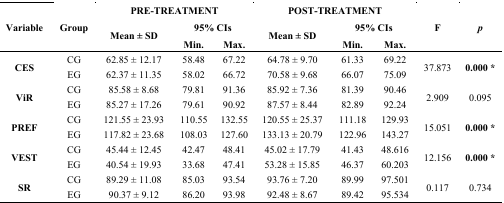
<table><thead><tr><td rowspan="3"><b>Variable</b></td><td rowspan="3"><b>Group</b></td><td colspan="3"><b>PRE-TREATMENT</b></td><td colspan="3"><b>POST-TREATMENT</b></td><td rowspan="3"><b>F</b></td><td rowspan="3"><b><i>p</i></b></td></tr><tr><td rowspan="2"><b>Mean ± SD</b></td><td colspan="2"><b>95% CIs</b></td><td rowspan="2"><b>Mean ± SD</b></td><td colspan="2"><b>95% CIs</b></td></tr><tr><td><b>Min.</b></td><td><b>Max.</b></td><td><b>Min.</b></td><td><b>Max.</b></td></tr></thead><tbody><tr><td rowspan="2"><b>CES</b></td><td>CG</td><td>62.85 ± 12.17</td><td>58.48</td><td>67.22</td><td>64.78 ± 9.70</td><td>61.33</td><td>69.22</td><td rowspan="2">37.873</td><td rowspan="2"><b>0.000 *</b></td></tr><tr><td>EG</td><td>62.37 ± 11.35</td><td>58.02</td><td>66.72</td><td>70.58 ± 9.68</td><td>66.07</td><td>75.09</td></tr><tr><td rowspan="2"><b>ViR</b></td><td>CG</td><td>85.58 ± 8.68</td><td>79.81</td><td>91.36</td><td>85.92 ± 7.36</td><td>81.39</td><td>90.46</td><td rowspan="2">2.909</td><td rowspan="2">0.095</td></tr><tr><td>EG</td><td>85.27 ± 17.26</td><td>79.61</td><td>90.92</td><td>87.57 ± 8.44</td><td>82.89</td><td>92.24</td></tr><tr><td rowspan="2"><b>PREF</b></td><td>CG</td><td>121.55 ± 23.93</td><td>110.55</td><td>132.55</td><td>120.55 ± 25.37</td><td>111.18</td><td>129.93</td><td rowspan="2">15.051</td><td rowspan="2"><b>0.000 *</b></td></tr><tr><td>EG</td><td>117.82 ± 23.68</td><td>108.03</td><td>127.60</td><td>133.13 ± 20.79</td><td>122.96</td><td>143.27</td></tr><tr><td rowspan="2"><b>VEST</b></td><td>CG</td><td>45.44 ± 12.45</td><td>42.47</td><td>48.41</td><td>45.02 ± 17.79</td><td>41.43</td><td>48.616</td><td rowspan="2">12.156</td><td rowspan="2"><b>0.000 *</b></td></tr><tr><td>EG</td><td>40.54 ± 19.93</td><td>33.68</td><td>47.41</td><td>53.28 ± 15.85</td><td>46.37</td><td>60.203</td></tr><tr><td rowspan="2"><b>SR</b></td><td>CG</td><td>89.29 ± 11.08</td><td>85.03</td><td>93.54</td><td>93.76 ± 7.20</td><td>89.99</td><td>97.501</td><td rowspan="2">0.117</td><td rowspan="2">0.734</td></tr><tr><td>EG</td><td>90.37 ± 9.12</td><td>86.20</td><td>93.98</td><td>92.48 ± 8.67</td><td>89.42</td><td>95.534</td></tr></tbody></table>